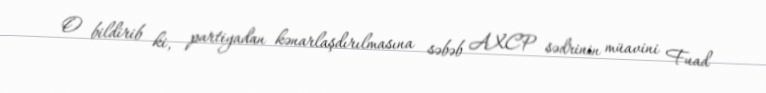
O bildirib ki, partiyadan kənarlaşdırılmasına səbəb AXCP sədrinin müavini Fuad